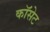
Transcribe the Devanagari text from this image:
कॉसेट